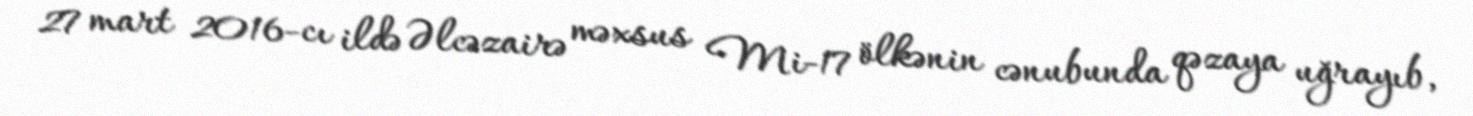
27 mart 2016-cı ildə Əlcəzairə məxsus Mi-17 ölkənin cənubunda qəzaya uğrayıb,